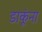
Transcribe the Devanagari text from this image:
डाकूंना